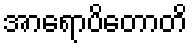
အာရောပိတောတိ